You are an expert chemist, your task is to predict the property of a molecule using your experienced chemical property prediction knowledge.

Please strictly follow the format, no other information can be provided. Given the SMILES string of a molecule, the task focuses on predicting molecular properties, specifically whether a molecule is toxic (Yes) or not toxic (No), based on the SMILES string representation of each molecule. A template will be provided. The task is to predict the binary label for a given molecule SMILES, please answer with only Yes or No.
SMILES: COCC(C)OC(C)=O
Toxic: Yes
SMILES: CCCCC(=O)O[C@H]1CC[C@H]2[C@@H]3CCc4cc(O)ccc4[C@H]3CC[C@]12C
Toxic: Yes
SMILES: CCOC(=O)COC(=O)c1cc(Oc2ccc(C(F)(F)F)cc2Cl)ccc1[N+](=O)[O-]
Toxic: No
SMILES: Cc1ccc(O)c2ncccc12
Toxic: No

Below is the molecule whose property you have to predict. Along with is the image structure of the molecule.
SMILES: O=c1[nH]c2ccccc2n1C1CCNCC1
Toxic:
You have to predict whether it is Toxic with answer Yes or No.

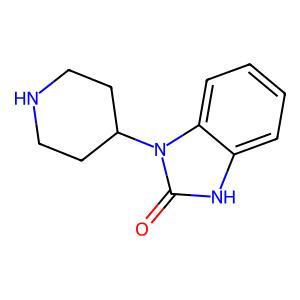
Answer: No